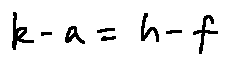
k - a = h - f